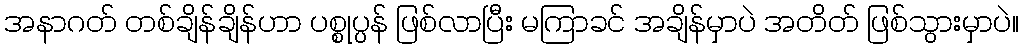
အနာဂတ် တစ်ချိန်ချိန်ဟာ ပစ္စုပ္ပန် ဖြစ်လာပြီး မကြာခင် အချိန်မှာပဲ အတိတ် ဖြစ်သွားမှာပဲ။